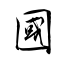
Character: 國